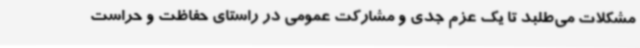
مشکلات می‌طلبد تا یک عزم جدی و مشارکت عمومی در راستای حفاظت و حراست